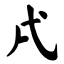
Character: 戌